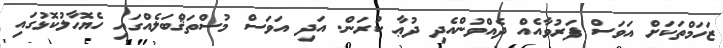
ޒަހަމްތަކަށް އަވަސް ފަރުވާއެއް ދެއްވުންއެދި ދުޢާ ކުރަން. އަދި އަވަސް މުސްތަޤްބަލެއްގައި ހެޔޮހާލުކޮޅުގައި